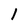
Character: 1